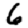
Digit: 6